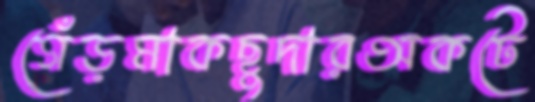
গেঁড়মাকছুদারঅকটে